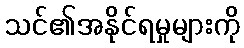
သင်၏အနိုင်ရမှုများကို